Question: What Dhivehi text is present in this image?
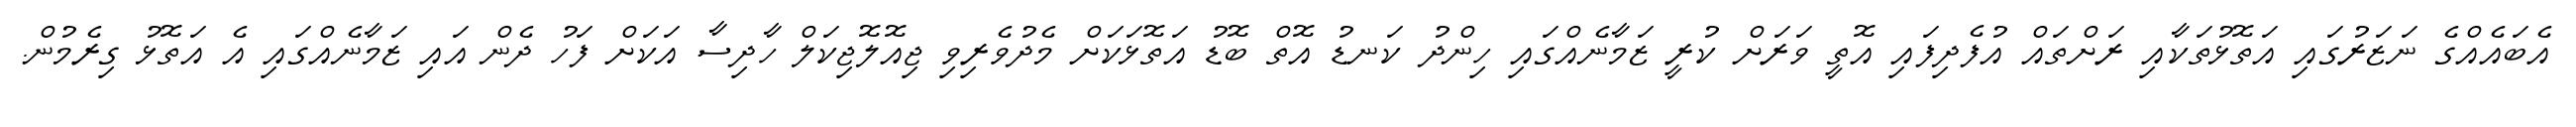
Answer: އެބައެއްގެ ނަޒަރުގައި އަތޮޅުތަކާއި ރަށްތައް އުފެދިފައި އޮތީ ވަރަށް ކުރީ ޒަމާނެއްގައި ހިންދު ކަނޑު އޮތް ބޮޑު އަތޮޅަކަށް މެދުވެރިވި ޖިއޮލޮޖިކަލް ހާދިސާ އަކަށް ފަހު ދެން އައި ޒަމާނެއްގައި އެ އަތޮޅު ގިރެމުން.